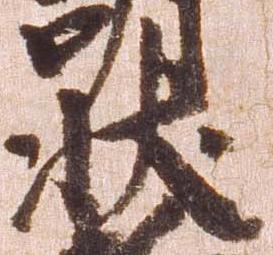
状